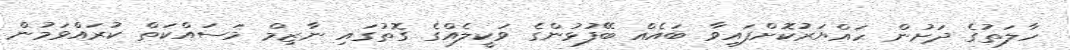
ހާލަތުގެ ދަށުން ހައްޔަރުކޮށްފައިވާ ބައެއް ބޭފުޅުންގެ ވަކީލެއްގެ ގޮތުގައި ނާޒިމް މަަސައްކަތް ކުރައްވަމުން